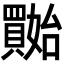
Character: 𡤔